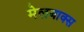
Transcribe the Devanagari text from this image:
मेलबाक्स